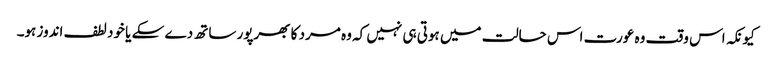
کیونکہ اس وقت وہ عورت اس حالت میں ہوتی ہی نہیں کہ وہ مرد کا بھرپور ساتھ دے سکے یا خود لطف اندوز ہو۔